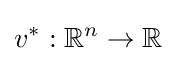
v^{*}:\mathbb {R} ^{n}\to \mathbb {R}